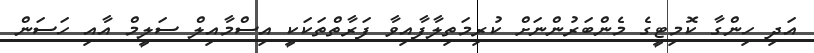
އަދި ހިންގާ ކޮމިޓީގެ މެންބަރުންނަށް ކުރިމަތިލާފާއިވާ ފަރާތްތަކަކީ އިސްމާއިލް ސަލީމް އާއި ހަސަން